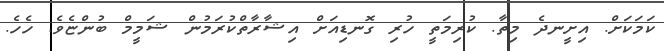
ކަމަކަށް. އިށީނދެ މިތާ. ކުރިމަތީ ހުރި ގޮނޑިއަށް އިޝާރާތްކުރަމުން ޝަމީމް ބުންޏެވެ. ހެހެ.